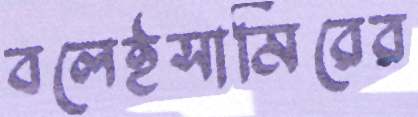
বলেইসামিরের